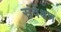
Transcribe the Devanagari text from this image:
संर्वेक्षण